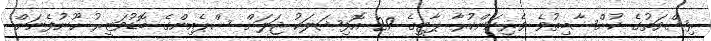
ރިޝްވަތުގެ ކުށްސާބިތުވެ ވެރިކަންކުރާ ޕާޓީގެ 29 އޮފިޝަލަކު ޖަލަށް ސްޕެއިންގެ ބޮޑުވަޒީރު ހޫނުފެނަށް